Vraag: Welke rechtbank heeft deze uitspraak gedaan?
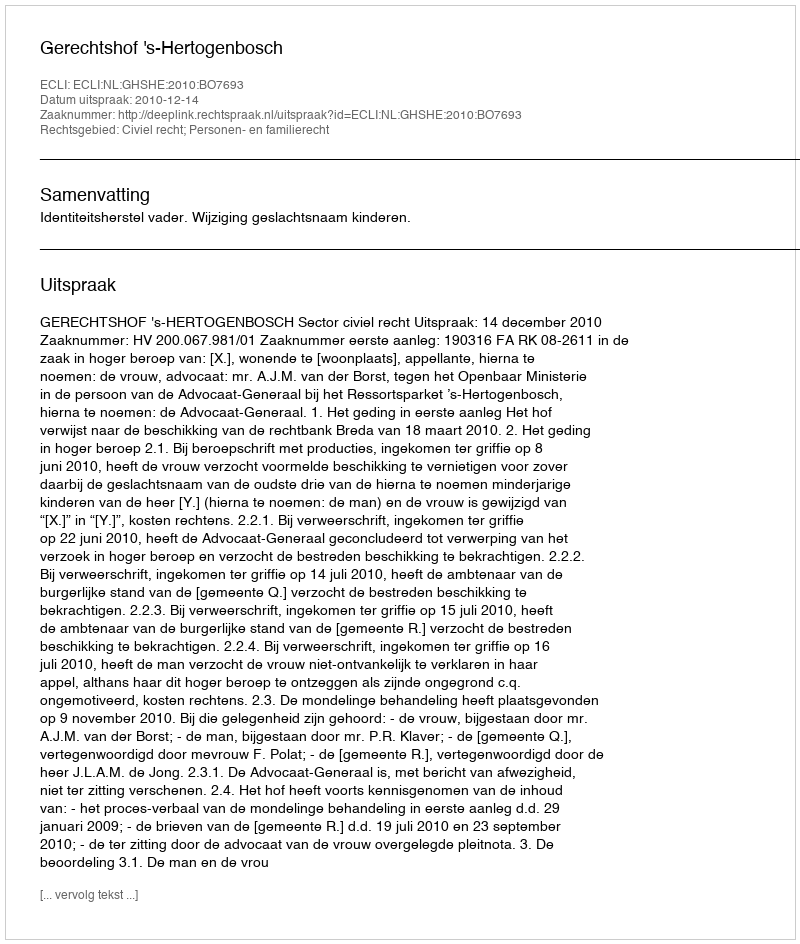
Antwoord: Gerechtshof 's-Hertogenbosch